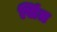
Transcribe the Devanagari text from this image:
सिंत